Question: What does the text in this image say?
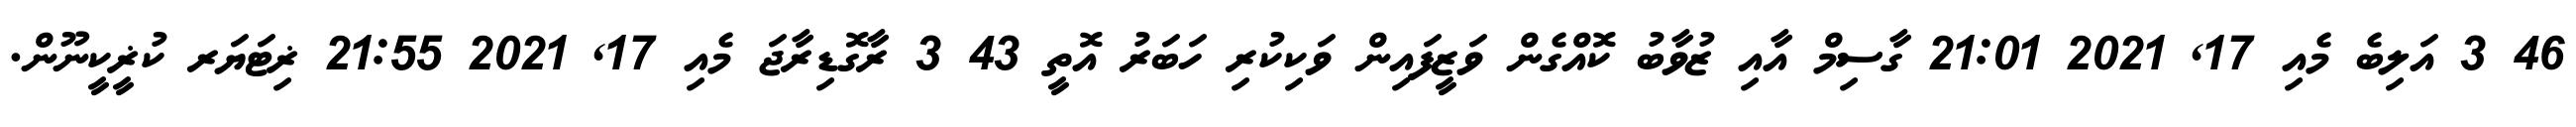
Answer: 46 3 އަލިބެ މެއި 17, 2021 21:01 ގާސިމް އާއި ޒުވާބު ކޮއްގެން ވަޒީފައިން ވަކިކުރި ހަބަރު އޮތީ 43 3 ރާގޮޑިރާޖަ މެއި 17, 2021 21:55 ޜިޓަޔަރ ކުޜީކީނޫން.